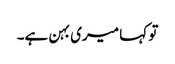
تو کہا میری بہن ہے۔